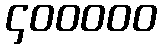
၄၀၀၀၀၀